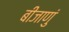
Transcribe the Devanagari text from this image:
बीजाणुं